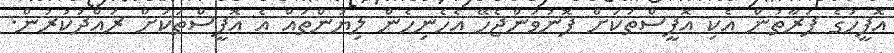
އޮފީހުގެ ފަރާތުން އެކި އޮފީސްތަކަށް ފޮނުވަންޖެހޭ އެހެނިހެން ލިޔުންތައް އެ އޮފީސްތަކަށް ރައްދުކުރުން.